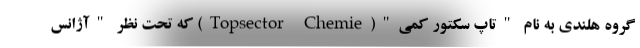
گروه هلندی به نام "تاپ سکتور کمی"(Topsector Chemie) که تحت نظر "آژانس